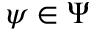
\psi \in \Psi